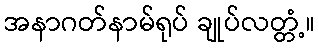
အနာဂတ်နာမ်ရုပ် ချုပ်လတ္တံ့။